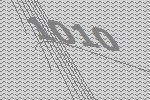
1010